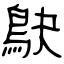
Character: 鴃